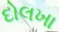
દોલખા